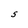
Character: S